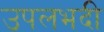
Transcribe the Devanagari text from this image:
उपलभदी